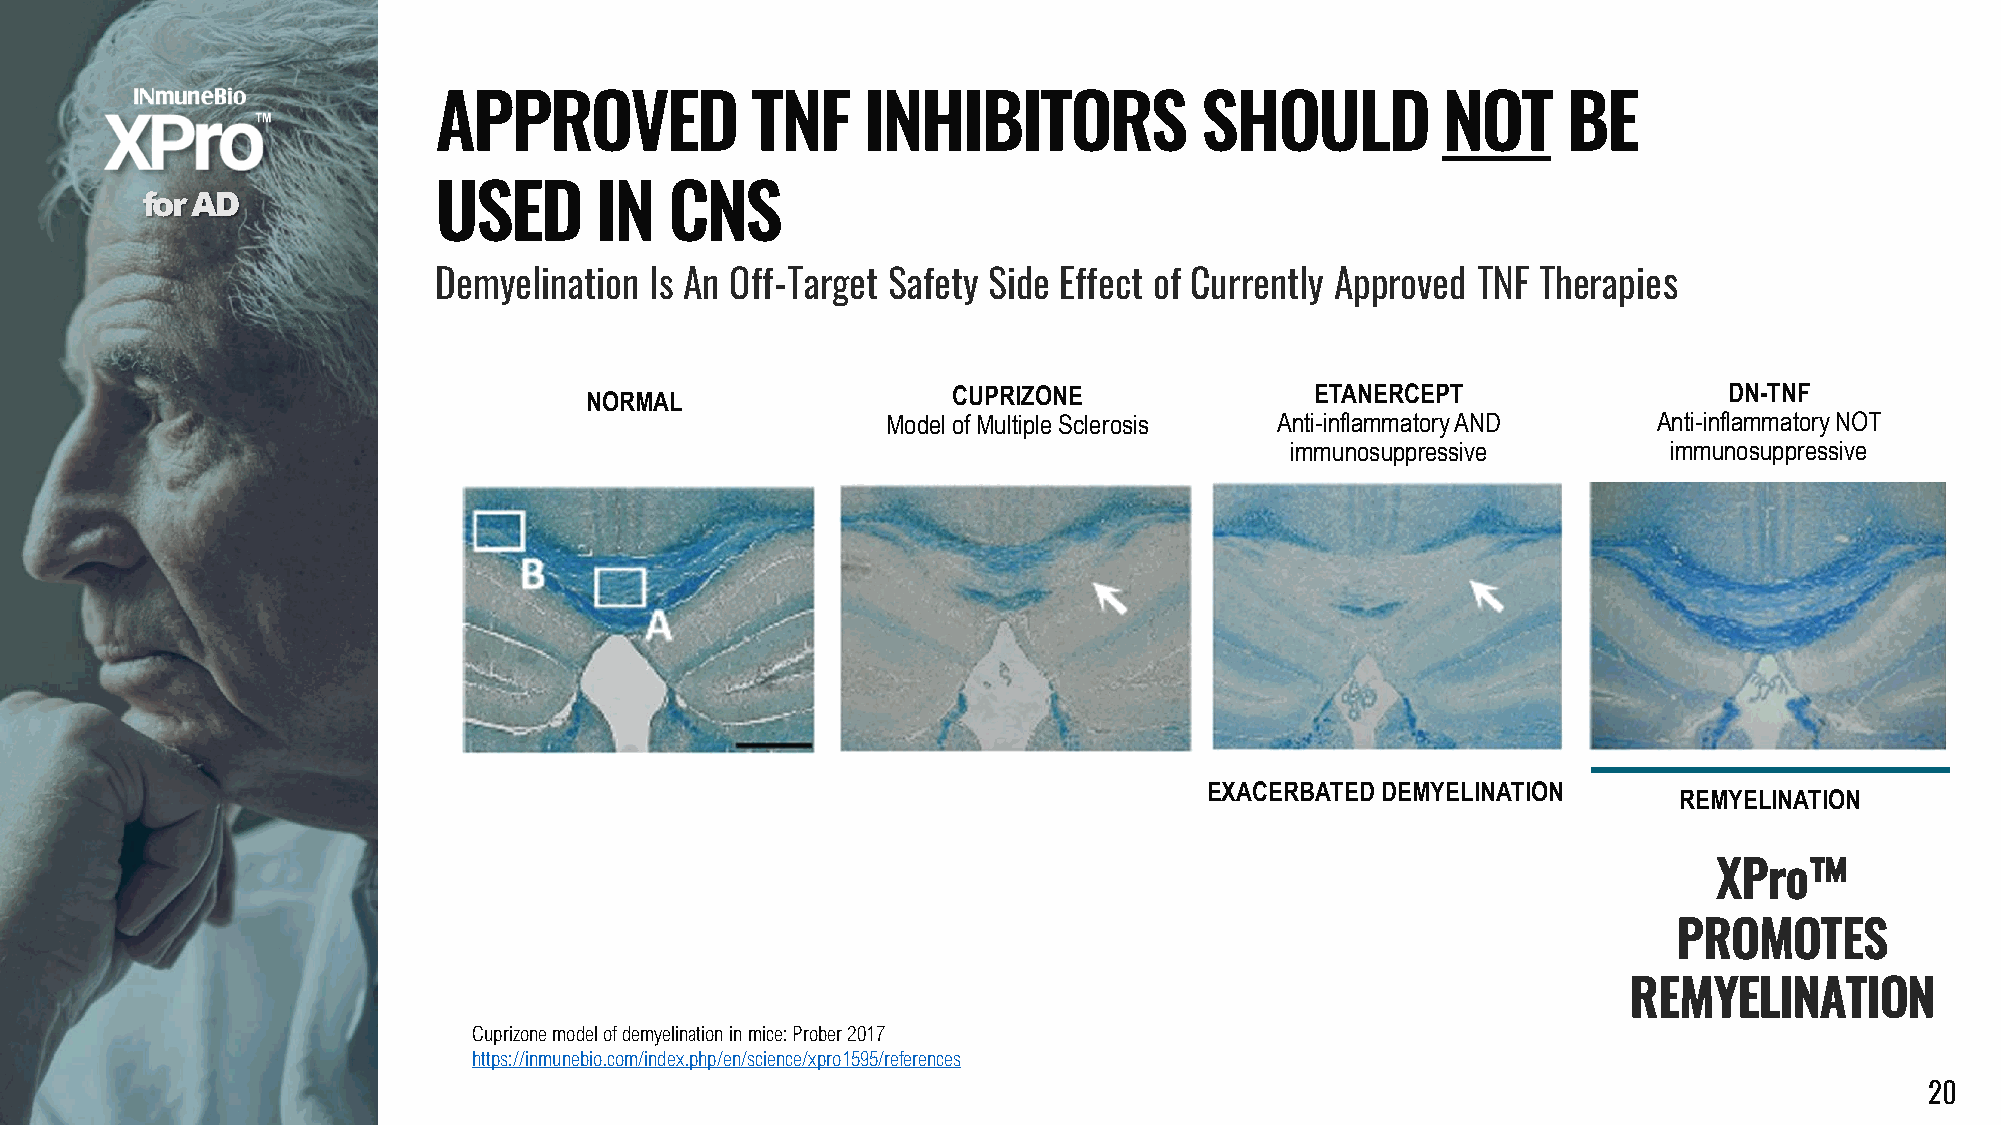
APPROVED             TNF    INHIBITORS            SHOULD          NOT      BE
 for AD              USED      IN   CNS
 Demyelination Is An Off-Target Safety Side Effect of Currently Approved TNF Therapies
 NORMAL                  CUPRIZONE               ETANERCEPT                 DN-TNF
 Model of Multiple Sclerosis Anti-inflammatory AND  Anti-inflammatory NOT
 immunosuppressive        immunosuppressive
 EXACERBATED DEMYELINATION
 REMYELINATION
 XPro™
 PROMOTES
 REMYELINATION
 Cuprizone model of demyelination in mice: Prober 2017
 https://inmunebio.com/index.php/en/science/xpro1595/references
 20